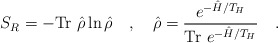
\begin{align*}S_R=-\mbox{Tr}~\hat{\rho}\ln\hat{\rho}~~~,~~~\hat{\rho}={e^{-\hat{H}/T_H} \over\mbox{Tr}~e^{-\hat{H}/T_H}}~~~.\end{align*}